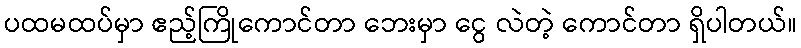
ပထမထပ်မှာ ဧည့်ကြိုကောင်တာ ဘေးမှာ ငွေ လဲတဲ့ ကောင်တာ ရှိပါတယ်။